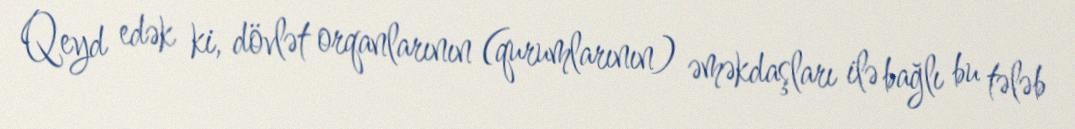
Qeyd edək ki, dövlət orqanlarının (qurumlarının) əməkdaşları ilə bağlı bu tələb